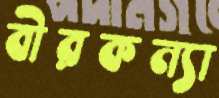
বীরকন্যা